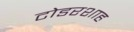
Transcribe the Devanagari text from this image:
टोडरशाह